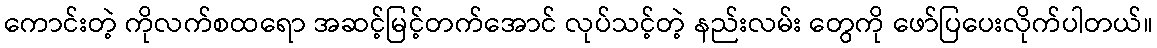
ကောင်းတဲ့ ကိုလက်စထရော အဆင့်မြင့်တက်အောင် လုပ်သင့်တဲ့ နည်းလမ်း တွေကို ဖော်ပြပေးလိုက်ပါတယ်။